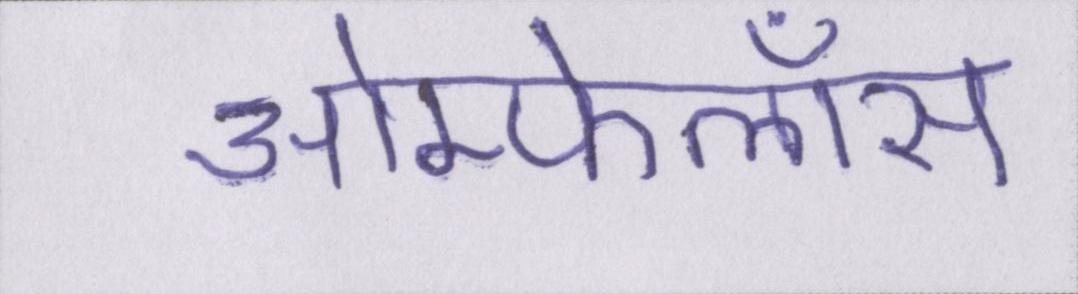
ओम्फेलॉस